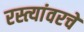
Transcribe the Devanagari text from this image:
रस्त्यांवरचे